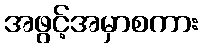
အဖွင့်အမှာစကား